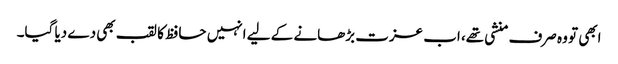
ابھی تو وہ صرف منشی تھے، اب عزت بڑھانے کے لیے انہیں حافظ کا لقب بھی دے دیا گیا۔